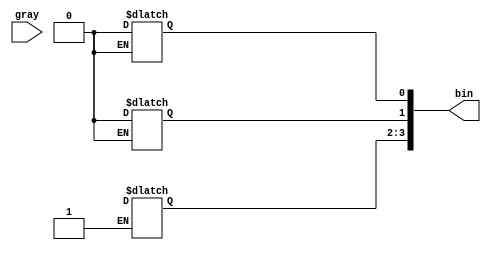
module Gray_to_Bin_Converter_Behavioral #(parameter size = 4)(
    bin,
    gray
    );
    
    output reg [size-1:0]bin;
    input [size-1:0]gray;
    
    always@(*)
    begin
        bin[i] =^ gray[i]>>1;
    end
endmodule